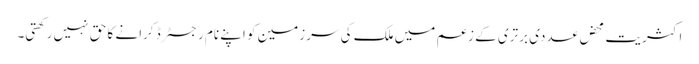
اکثریت محض عددی برتری کے زعم میں ملک کی سرزمین کو اپنے نام رجسٹرڈ کرانے کا حق نہیں رکھتی۔